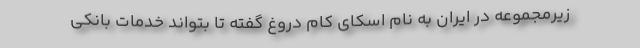
زیرمجموعه در ایران به نام اسکای کام دروغ گفته تا بتواند خدمات بانکی